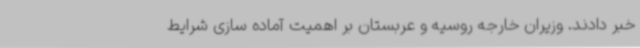
خبر دادند. وزیران خارجه روسیه و عربستان بر اهمیت آماده سازی شرایط